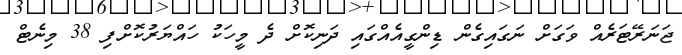
ޖަނަރޭޓަރެއް ވަގަށް ނަގައިގެން ޑިންގީއެއްގައި ދަނިކޮށް ދެ މީހަކު ހައްޔަރުކޮށްފި 38 މިނެޓް